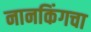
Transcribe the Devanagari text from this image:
नानकिंगचा